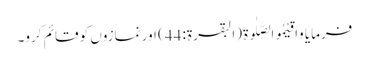
فرمایا وَاَقِیْمُوالصَّلٰوۃَ (البقرۃ: 44) اور نمازوں کو قائم کرو۔